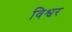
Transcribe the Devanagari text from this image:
विश्वर